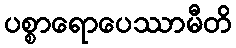
ပစ္စာရောပေဿာမီတိ